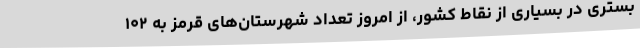
بستری در بسیاری از نقاط کشور، از امروز تعداد شهرستان‌های قرمز به ۱۰۲